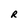
Character: R